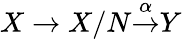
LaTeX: X\to X/N{\overset{\alpha}{\to}}Y